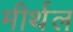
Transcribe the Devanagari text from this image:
मीर्थल